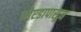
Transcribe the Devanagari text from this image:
नोएडापासून